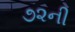
૭૨ની